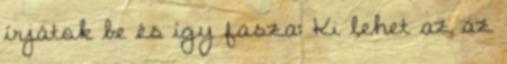
írjátok be és így fasza: Ki lehet az az